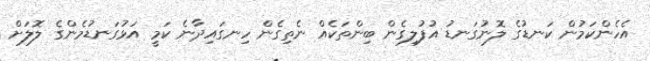
އެހެންކަމުން ކަނޑުގެ ލޮނުގަނޑު އުފުލިގެން ބިންތަކެއް ނެތިގެން ހިނގައިދާނެ ކަމީ އަޅުގަނޑުމެންގެ ލޮލަށް